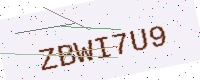
Text: ZBWI7U9